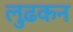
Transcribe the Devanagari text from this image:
लुढ़कन